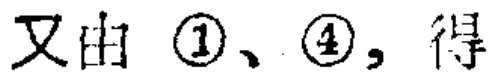
又由 \textcircled{1}、\textcircled{4}, 得